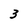
Character: 3